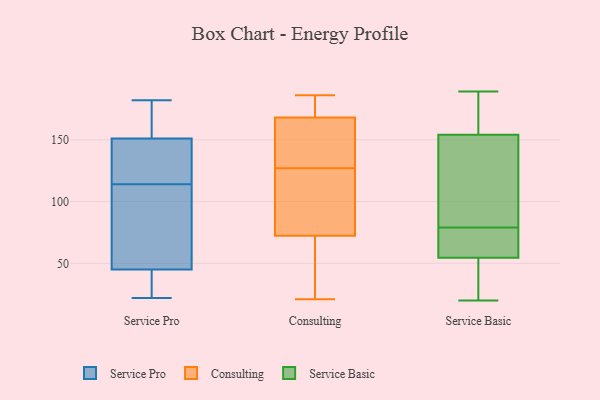
{"axis": {"x": "Gross Profit (USD K)", "y": "Value"}, "legend": ["Consulting", "Service Basic", "Service Pro"], "data": [{"x": "", "y": 128, "type": "Service Pro"}, {"x": "", "y": 182, "type": "Service Pro"}, {"x": "", "y": 138, "type": "Service Pro"}, {"x": "", "y": 33, "type": "Service Pro"}, {"x": "", "y": 133, "type": "Service Pro"}, {"x": "", "y": 22, "type": "Service Pro"}, {"x": "", "y": 164, "type": "Service Pro"}, {"x": "", "y": 75, "type": "Service Pro"}, {"x": "", "y": 100, "type": "Service Pro"}, {"x": "", "y": 44, "type": "Service Pro"}, {"x": "", "y": 46, "type": "Service Pro"}, {"x": "", "y": 180, "type": "Service Pro"}, {"x": "", "y": 108, "type": "Consulting"}, {"x": "", "y": 127, "type": "Consulting"}, {"x": "", "y": 162, "type": "Consulting"}, {"x": "", "y": 66, "type": "Consulting"}, {"x": "", "y": 186, "type": "Consulting"}, {"x": "", "y": 172, "type": "Consulting"}, {"x": "", "y": 176, "type": "Consulting"}, {"x": "", "y": 139, "type": "Consulting"}, {"x": "", "y": 24, "type": "Consulting"}, {"x": "", "y": 57, "type": "Consulting"}, {"x": "", "y": 149, "type": "Consulting"}, {"x": "", "y": 21, "type": "Consulting"}, {"x": "", "y": 170, "type": "Consulting"}, {"x": "", "y": 115, "type": "Consulting"}, {"x": "", "y": 91, "type": "Consulting"}, {"x": "", "y": 51, "type": "Service Basic"}, {"x": "", "y": 64, "type": "Service Basic"}, {"x": "", "y": 188, "type": "Service Basic"}, {"x": "", "y": 58, "type": "Service Basic"}, {"x": "", "y": 20, "type": "Service Basic"}, {"x": "", "y": 117, "type": "Service Basic"}, {"x": "", "y": 159, "type": "Service Basic"}, {"x": "", "y": 30, "type": "Service Basic"}, {"x": "", "y": 87, "type": "Service Basic"}, {"x": "", "y": 33, "type": "Service Basic"}, {"x": "", "y": 138, "type": "Service Basic"}, {"x": "", "y": 159, "type": "Service Basic"}, {"x": "", "y": 189, "type": "Service Basic"}, {"x": "", "y": 180, "type": "Service Basic"}, {"x": "", "y": 61, "type": "Service Basic"}, {"x": "", "y": 119, "type": "Service Basic"}, {"x": "", "y": 149, "type": "Service Basic"}, {"x": "", "y": 71, "type": "Service Basic"}, {"x": "", "y": 40, "type": "Service Basic"}, {"x": "", "y": 66, "type": "Service Basic"}]}